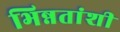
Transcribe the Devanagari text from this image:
भिन्नतांशी